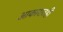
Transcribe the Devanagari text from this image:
आकारातही